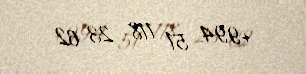
+994 51 118 23 62